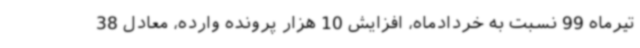
تیرماه 99 نسبت به خردادماه، افزایش 10 هزار پرونده وارده، معادل 38